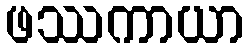
ဖဿကာယာ